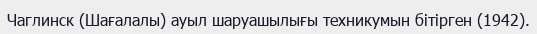
Чаглинск (Шағалалы) ауыл шаруашылығы техникумын бітірген (1942).